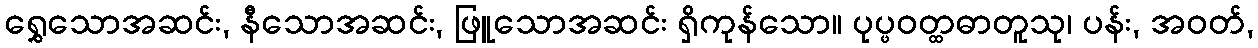
ရွှေသောအဆင်း, နီသောအဆင်း, ဖြူသောအဆင်း ရှိကုန်သော။ ပုပ္ဖဝတ္ထဓာတူသု၊ ပန်း, အဝတ်,